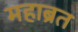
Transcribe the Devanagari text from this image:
महाब्रत